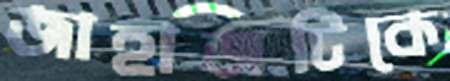
জাহাজটিকে